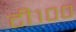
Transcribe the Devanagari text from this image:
टी१००